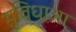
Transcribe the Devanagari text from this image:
सुविधाआ